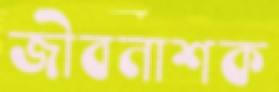
জীবনাশক